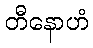
တီနောဟံ